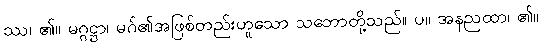
ဿ၊ ၏။ မဂ္ဂဋ္ဌာ၊ မဂ်၏အဖြစ်တည်းဟူသော သဘောတို့သည်။ ပ။ အနညထာ၊ ၏။